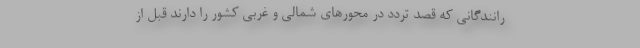
رانندگانی که قصد تردد در محورهای شمالی و غربی کشور را دارند قبل از